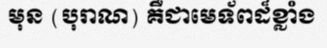
មុន (បុរាណ) គឺជាមេទ័ពដ៏ខ្លាំង